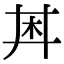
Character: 𪱶